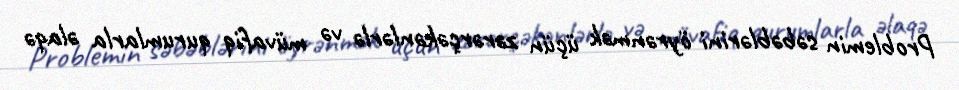
Problemin səbəblərini öyrənmək üçün zərərçəkənlərlə və müvafiq qurumlarla əlaqə